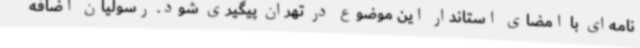
نامه‌ای با امضای استاندار این موضوع در تهران پیگیری شود. رسولیان اضافه